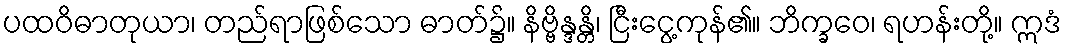
ပထဝိဓာတုယာ၊ တည်ရာဖြစ်သော ဓာတ်၌။ နိဗ္ဗိန္ဒန္တိ၊ ငြီးငွေ့ကုန်၏။ ဘိက္ခဝေ၊ ရဟန်းတို့။ ဣဒံ